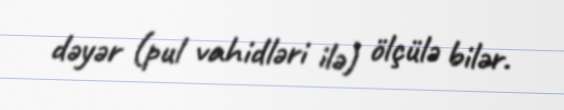
dəyər (pul vahidləri ilə) ölçülə bilər.